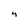
Character: 4